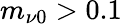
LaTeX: m_{\nu 0}>0.1